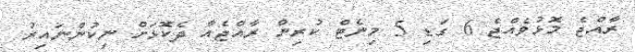
ރާއްޖެ މޮޅުވެއްޖެ 6 ގަޑި 5 މިނެޓް ކުރިން ރާއްޖެއާ ދެކޮޅަށް ނިކުންނައިރު